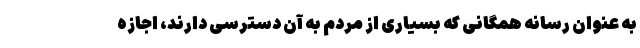
به عنوان رسانه همگانی که بسیاری از مردم به آن دسترسی دارند، اجازه